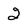
Character: 2